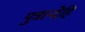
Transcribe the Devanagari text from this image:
पुत्रान्देहि